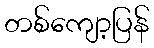
တစ်ကျော့ပြန်